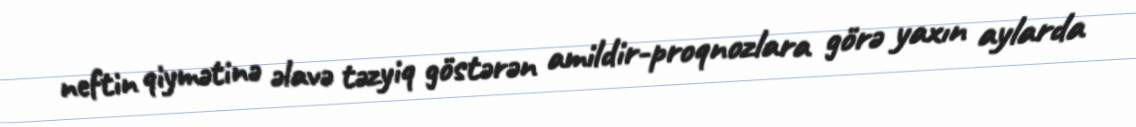
neftin qiymətinə əlavə təzyiq göstərən amildir-proqnozlara görə yaxın aylarda